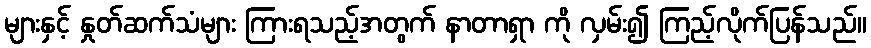
များနှင့် နှုတ်ဆက်သံများ ကြားရသည့်အတွက် နာတာရှာ ကို လှမ်း၍ ကြည့်လိုက်ပြန်သည်။